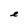
Character: e